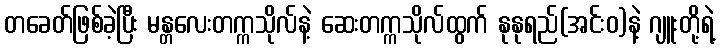
တခေတ်ဖြစ်ခဲ့ပြီး မန္တလေးတက္ကသိုလ်နဲ့ ဆေးတက္ကသိုလ်ထွက် နုနုရည်(အင်းဝ)နဲ့ ဂျူးတို့ရဲ့